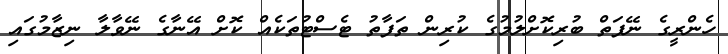
ހެންރީގެ ނޭފަތް ބުރިކޮށްލުމުގެ ކުރިން ތަފާތު ޓެސްޓުތަކެއް ކޮށް އޭނާގެ ނޭވާލާ ނިޒާމުގައި